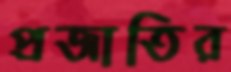
প্রজাতির